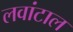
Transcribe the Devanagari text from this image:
लवांटाल